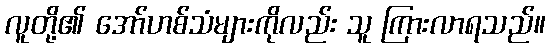
လူတို့၏ အော်ဟစ်သံများကိုလည်း သူ ကြားလာရသည်။